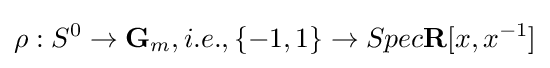
\rho :S^{0}\to \mathbf {G} _{m},i.e.,\{-1,1\}\to Spec\mathbf {R} [x,x^{-1}]